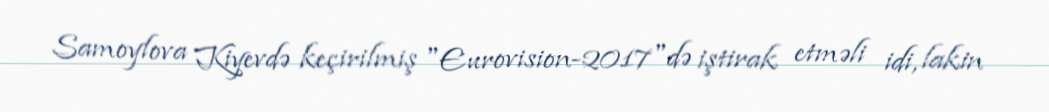
Samoylova Kiyevdə keçirilmiş "Eurovision-2017"də iştirak etməli idi, lakin